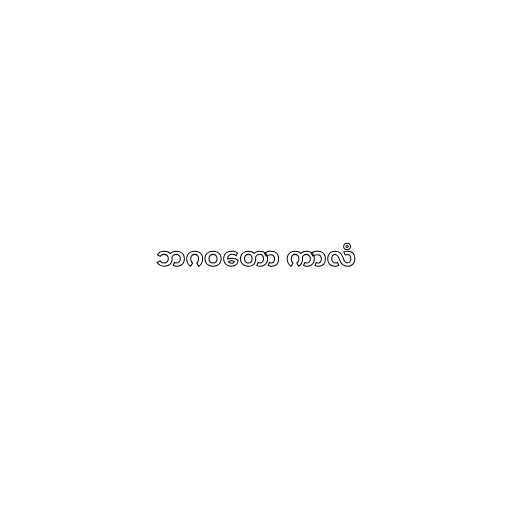
ဘဂဝတော ကာလံ